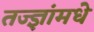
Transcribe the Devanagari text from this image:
तज्ज्ञांमधे